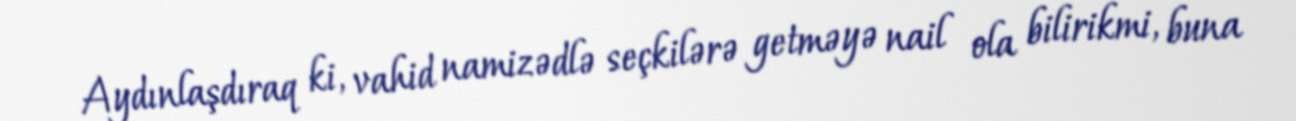
Aydınlaşdıraq ki, vahid namizədlə seçkilərə getməyə nail ola bilirikmi, buna